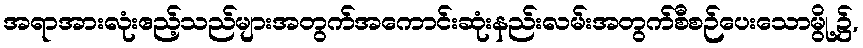
အရာအားလုံးဧည့်သည်များအတွက်အကောင်းဆုံးနည်းလမ်းအတွက်စီစဉ်ပေးသောမွို့၌,